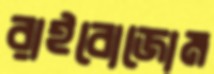
রাইবোজোম